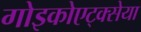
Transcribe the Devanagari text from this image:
गोइकोएट्क्सेया